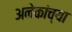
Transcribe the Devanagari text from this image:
अनेकांच्‍या